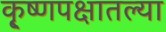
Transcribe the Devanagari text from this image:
कृ्ष्णपक्षातल्या